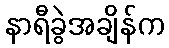
နာရီခွဲအချိန်က